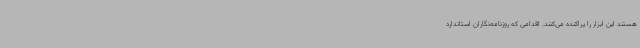
هستند این ابزار را پراکنده می‌کنند. اقدامی که روزنامه‌نگاران استاندارد